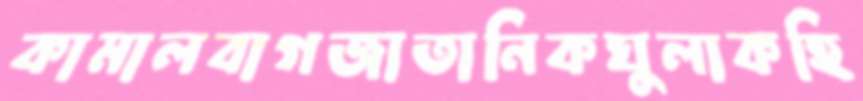
কামালবাগজাতানিকঘুলাকহি